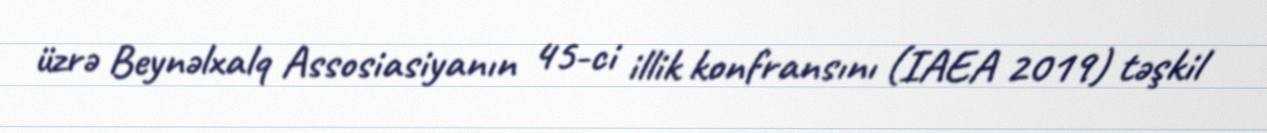
üzrə Beynəlxalq Assosiasiyanın 45-ci illik konfransını (IAEA 2019) təşkil